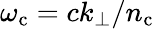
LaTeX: \omega_{\mathrm{c}}=ck_{\perp}/n_{\mathrm{c}}